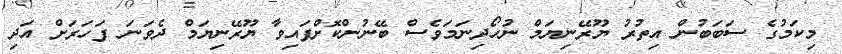
މިކަމުގެ ސަބަބުން އިތުރު ޔޫރޭނިޔަމް ނުހޯދިނަމަވެސް ބޭނުންކޮށްފައިވާ ޔޫރޭނިޔަމް ދެވަނަ ފަހަރަށް އަދި